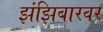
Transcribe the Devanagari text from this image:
झंझिबारवर